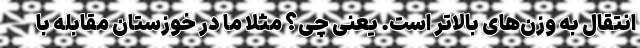
انتقال به وزن‌های بالاتر است. یعنی چی؟ مثلا ما در خوزستان مقابله با